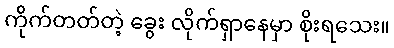
ကိုက်တတ်တဲ့ ခွေး လိုက်ရှာနေမှာ စိုးရသေး။